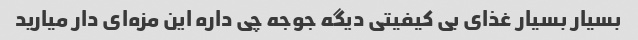
بسیار بسیار غذای بی کیفیتی دیگه جوجه چی داره این مزه‌ای دار میارید